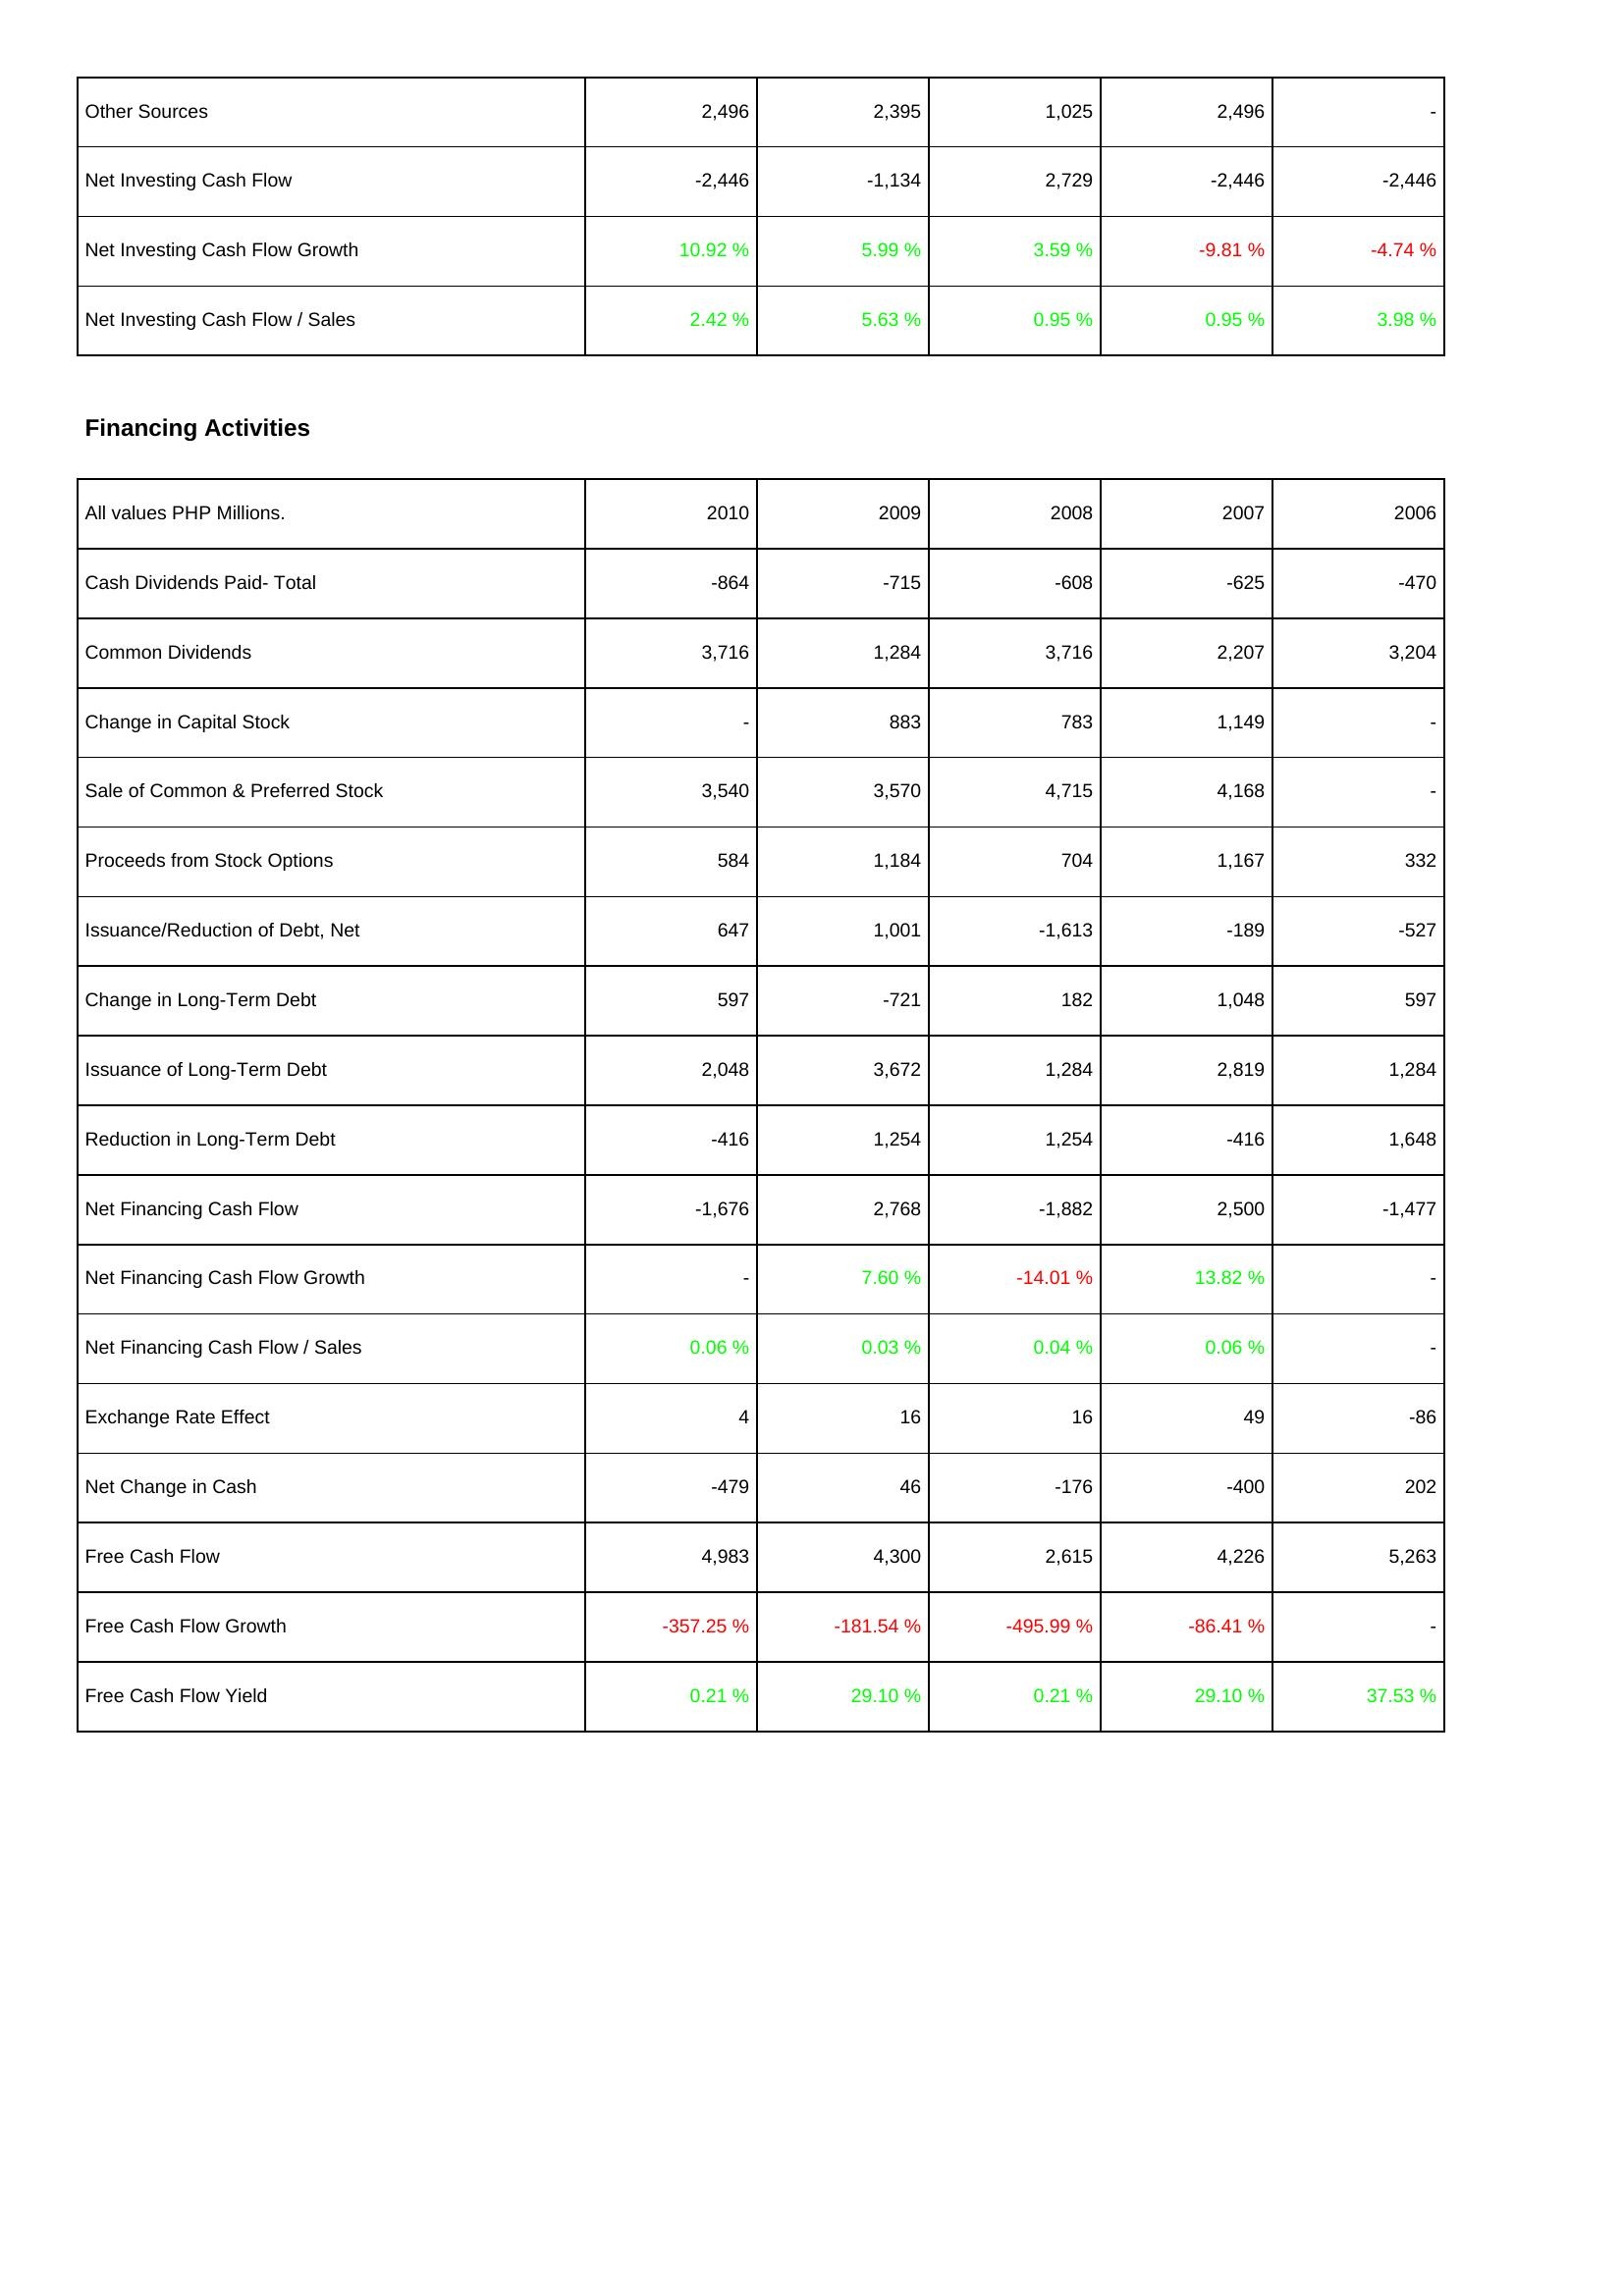
2010: Investing Activities: Other Sources: 2,496
Net Investing Cash Flow: -2,446
Net Investing Cash Flow Growth: 10.92 %
Net Investing Cash Flow / Sales: 2.42 %
Financing Activities: Cash Dividends Paid- Total: -864
Common Dividends: 3,716
Change in Capital Stock: -
Sale of Common & Preferred Stock: 3,540
Proceeds from Stock Options: 584
Issuance/Reduction of Debt, Net: 647
Change in Long-Term Debt: 597
Issuance of Long-Term Debt: 2,048
Reduction in Long-Term Debt: -416
Net Financing Cash Flow: -1,676
Net Financing Cash Flow Growth: -
Net Financing Cash Flow / Sales: 0.06 %
Exchange Rate Effect: 4
Net Change in Cash: -479
Free Cash Flow: 4,983
Free Cash Flow Growth: -357.25 %
Free Cash Flow Yield: 0.21 %
2009: Investing Activities: Other Sources: 2,395
Net Investing Cash Flow: -1,134
Net Investing Cash Flow Growth: 5.99 %
Net Investing Cash Flow / Sales: 5.63 %
Financing Activities: Cash Dividends Paid- Total: -715
Common Dividends: 1,284
Change in Capital Stock: 883
Sale of Common & Preferred Stock: 3,570
Proceeds from Stock Options: 1,184
Issuance/Reduction of Debt, Net: 1,001
Change in Long-Term Debt: -721
Issuance of Long-Term Debt: 3,672
Reduction in Long-Term Debt: 1,254
Net Financing Cash Flow: 2,768
Net Financing Cash Flow Growth: 7.60 %
Net Financing Cash Flow / Sales: 0.03 %
Exchange Rate Effect: 16
Net Change in Cash: 46
Free Cash Flow: 4,300
Free Cash Flow Growth: -181.54 %
Free Cash Flow Yield: 29.10 %
2008: Investing Activities: Other Sources: 1,025
Net Investing Cash Flow: 2,729
Net Investing Cash Flow Growth: 3.59 %
Net Investing Cash Flow / Sales: 0.95 %
Financing Activities: Cash Dividends Paid- Total: -608
Common Dividends: 3,716
Change in Capital Stock: 783
Sale of Common & Preferred Stock: 4,715
Proceeds from Stock Options: 704
Issuance/Reduction of Debt, Net: -1,613
Change in Long-Term Debt: 182
Issuance of Long-Term Debt: 1,284
Reduction in Long-Term Debt: 1,254
Net Financing Cash Flow: -1,882
Net Financing Cash Flow Growth: -14.01 %
Net Financing Cash Flow / Sales: 0.04 %
Exchange Rate Effect: 16
Net Change in Cash: -176
Free Cash Flow: 2,615
Free Cash Flow Growth: -495.99 %
Free Cash Flow Yield: 0.21 %
2007: Investing Activities: Other Sources: 2,496
Net Investing Cash Flow: -2,446
Net Investing Cash Flow Growth: -9.81 %
Net Investing Cash Flow / Sales: 0.95 %
Financing Activities: Cash Dividends Paid- Total: -625
Common Dividends: 2,207
Change in Capital Stock: 1,149
Sale of Common & Preferred Stock: 4,168
Proceeds from Stock Options: 1,167
Issuance/Reduction of Debt, Net: -189
Change in Long-Term Debt: 1,048
Issuance of Long-Term Debt: 2,819
Reduction in Long-Term Debt: -416
Net Financing Cash Flow: 2,500
Net Financing Cash Flow Growth: 13.82 %
Net Financing Cash Flow / Sales: 0.06 %
Exchange Rate Effect: 49
Net Change in Cash: -400
Free Cash Flow: 4,226
Free Cash Flow Growth: -86.41 %
Free Cash Flow Yield: 29.10 %
2006: Investing Activities: Other Sources: -
Net Investing Cash Flow: -2,446
Net Investing Cash Flow Growth: -4.74 %
Net Investing Cash Flow / Sales: 3.98 %
Financing Activities: Cash Dividends Paid- Total: -470
Common Dividends: 3,204
Change in Capital Stock: -
Sale of Common & Preferred Stock: -
Proceeds from Stock Options: 332
Issuance/Reduction of Debt, Net: -527
Change in Long-Term Debt: 597
Issuance of Long-Term Debt: 1,284
Reduction in Long-Term Debt: 1,648
Net Financing Cash Flow: -1,477
Net Financing Cash Flow Growth: -
Net Financing Cash Flow / Sales: -
Exchange Rate Effect: -86
Net Change in Cash: 202
Free Cash Flow: 5,263
Free Cash Flow Growth: -
Free Cash Flow Yield: 37.53 %